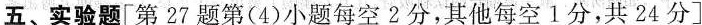
五、实验题 [第27题第(4)小题每空2分，其他每空1分，共24分]